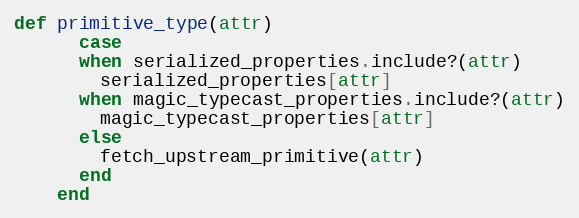
Language: Ruby
def primitive_type(attr)
      case
      when serialized_properties.include?(attr)
        serialized_properties[attr]
      when magic_typecast_properties.include?(attr)
        magic_typecast_properties[attr]
      else
        fetch_upstream_primitive(attr)
      end
    end